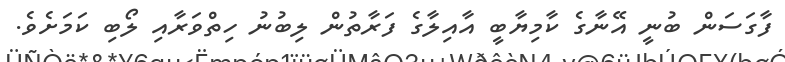
ފާގަސަން ބުނީ އޭނާގެ ކާމިޔާބީ އާއިލާގެ ފަރާތުން ލިބުނު ހިތްވަރާއި ލޯބި ކަމަށެވެ.